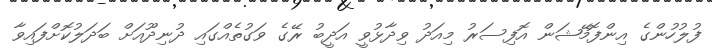
ފުލުހުންގެ އިންފޮމޭޝަން އޮފިސަރު މިއަދު ވިދާޅުވީ އަދީބު ރޭގެ ވަގުތެއްގައި ދުނިދޫއަށް ބަދަލުކޮށްފައިވާ